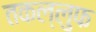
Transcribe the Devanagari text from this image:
तकल्लुफ